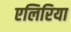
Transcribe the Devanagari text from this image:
एलिरिया